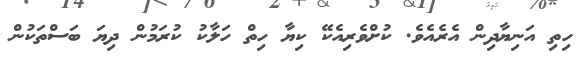
ހިތި އަނިޔާދިން އެރެއެވެ. ކުށްވެރިއެކޭ ކިޔާ ހިތް ހަލާކު ކުރަމުން ދިޔަ ބަސްތަކުން